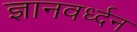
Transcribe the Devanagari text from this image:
ज्ञानवर्ध्दन